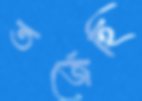
তর্জেছি